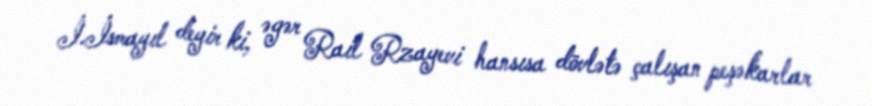
İ.İsmayıl deyir ki, əgər Rail Rzayevi hansısa dövlətə çalışan peşəkarlar